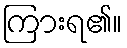
ကြားရ၏။